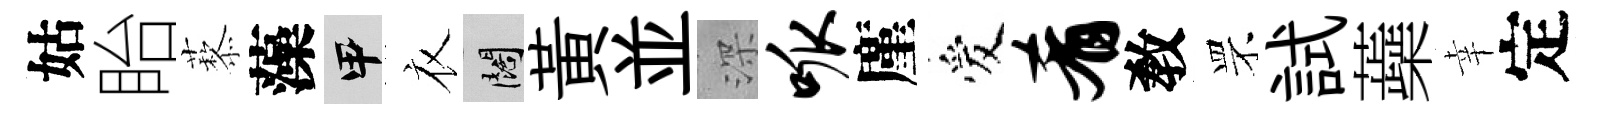
姑眙藜藻甲衣闊黄並深呱廑爱肴敎罘試蘃幸定